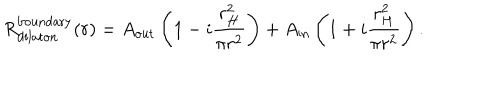
R _ { \mathrm { d i l a t o n } } ^ { \mathrm { b o u n d a r y } } ( r ) = A _ { \mathrm { o u t } } \left( 1 - i \frac { r _ { H } ^ { 2 } } { \pi r ^ { 2 } } \right) + A _ { \mathrm { i n } } \left( 1 + i \frac { r _ { H } ^ { 2 } } { \pi r ^ { 2 } } \right) .